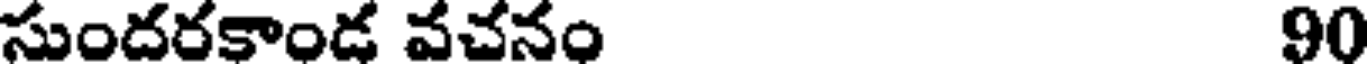
సుందరకాండ వచనం 90